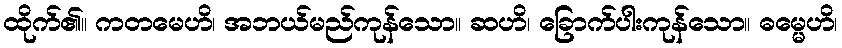
ထိုက်၏။ ကတမေဟိ၊ အဘယ်မည်ကုန်သော။ ဆဟိ၊ ခြောက်ပါးကုန်သော။ ဓမ္မေဟိ၊